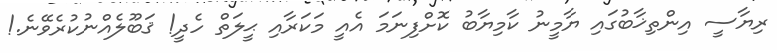
ރިޔާސީ އިންތިޚާބުގައި ޔާމީނު ކާމިޔާބު ކޮށްފިނަމަ އެއީ މަކަރާއި ޙީލަތް ހެދީ! ޤަބޫލެއްނުކުރެވޭނެ.!